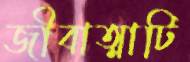
জীবাত্মাটি